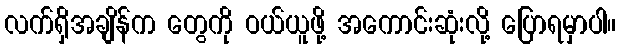
လက်ရှိအချိန်က တွေကို ဝယ်ယူဖို့ အကောင်းဆုံးလို့ ပြောရမှာပါ။